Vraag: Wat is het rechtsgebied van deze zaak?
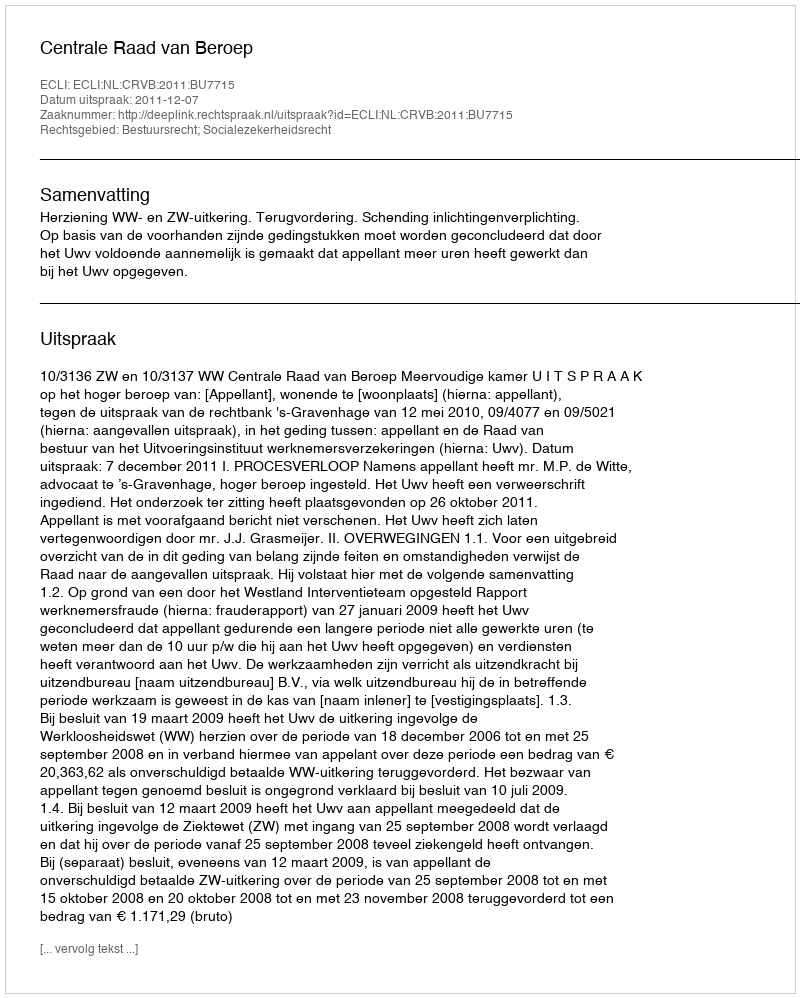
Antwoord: Bestuursrecht; Socialezekerheidsrecht